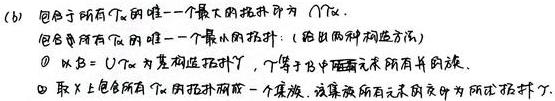
(6) 包含所有 \( T_{\alpha} \) 的唯一一个最大的拓扑为 \( \bigcap \mathcal{T} \).
包含所有 \( T_{\alpha} \) 的唯一一个最小的拓扑: (给出两种构造方法)
$\textcircled{1}$ 以 \( \mathcal{B}=\bigcup_{\alpha} T_{\alpha} \) 为基生成拓扑 \( \mathcal{T} \), 它等于 \( \mathcal{B} \) 中元素所有并的族.
$\textcircled{2}$ 取 \( X \) 上包含所有 \( T_{\alpha} \) 的拓扑构成一个集族, 该集族所有元素的交作为所求拓扑 \( \mathcal{T} \).